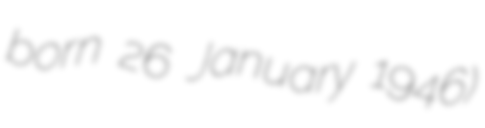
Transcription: born 26 January 1946)